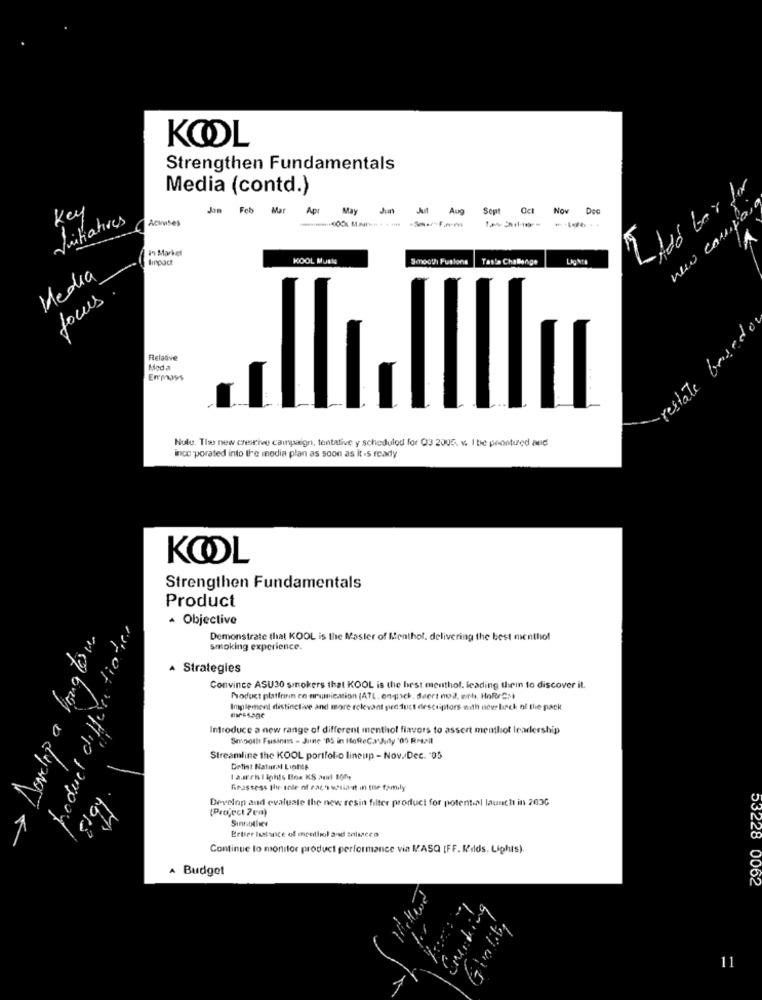
KOOL
Strengthen Fundamentals
Media (contd.)
Key
Jan Feb Mar
Apr
May
Jun
Aug Sopt Oct
Now
Nov Dec
Vaitiatives
new campo
in Market
Impact
KOOL Muale
Smooth Fusions
Tas's Challenge
Lig NCE
Media
Jours
restate basedo
Feladve
Moda
Enpays
Nulu. The new creative campaign, tentative y scheduled for Q3 2005. v. I be prontired and
ince porated into the media plan as soon as it .s ready
KOOL
Strengthen Fundamentals
Product
Objective
-> Develop a longtous
hoduet differentiates
Demonstrate that KOOL is the Master of Menthol, delivering the best menthol
smoking experience.
A Strategies
Convince ASU30 smokers that KOOL is the best menthol, leading thein to discover it.
Noduct platforin en ariumication (ATL. on-pack, daert mod, wth, HoReCM
Implement distinctive and more relevant gire tuct descriptors with novr lack of the pack
Introduce a new range of different menthol flavors to assert mentlot leadership
Smooth Fusinas - Juine 'DS in HoReCarJuly '05 RANI
Streamline the KOOL portfolio lineup - Nov./Dec. "05
Detist Natural Lightt
I auch I ights Boa KS audi 100,
Reassess Ihr mnie of nach wilast in the family
Develop and evaluate the new resin filter product for potential launch in 203G
(Project 7 cm)
Ertier Isalance of meerlul anad salsacco
Continue to monitor product performance via MASQ [FF. Bilds. Lights).
A Budget
53228 0062
Smoking
11